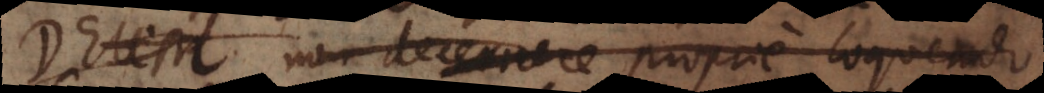
Deum non decernere proprie loquendo